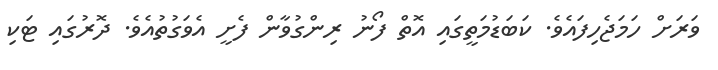
ވަރަށް ހަމަޖެހިފައެވެ. ކަބަޑުމަތީގައި އޮތް ފޯނު ރިންގުވާން ފެށީ އެވަގުތުއެވެ. ދޮރުގައި ޓަކި